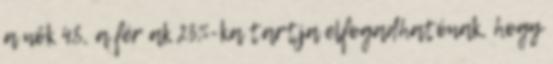
a nők 48, a férﬁak 23%-ka tartja elfogadhatónak, hogy